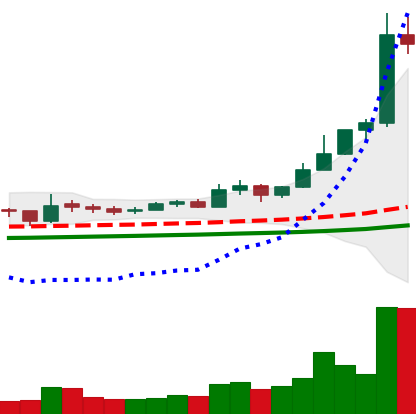
Ticker: ETC-USD
Chart end date: 2021-02-14
Forward return: -4.751%
Label: down_3_5